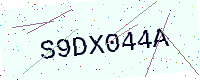
Text: S9DX044A